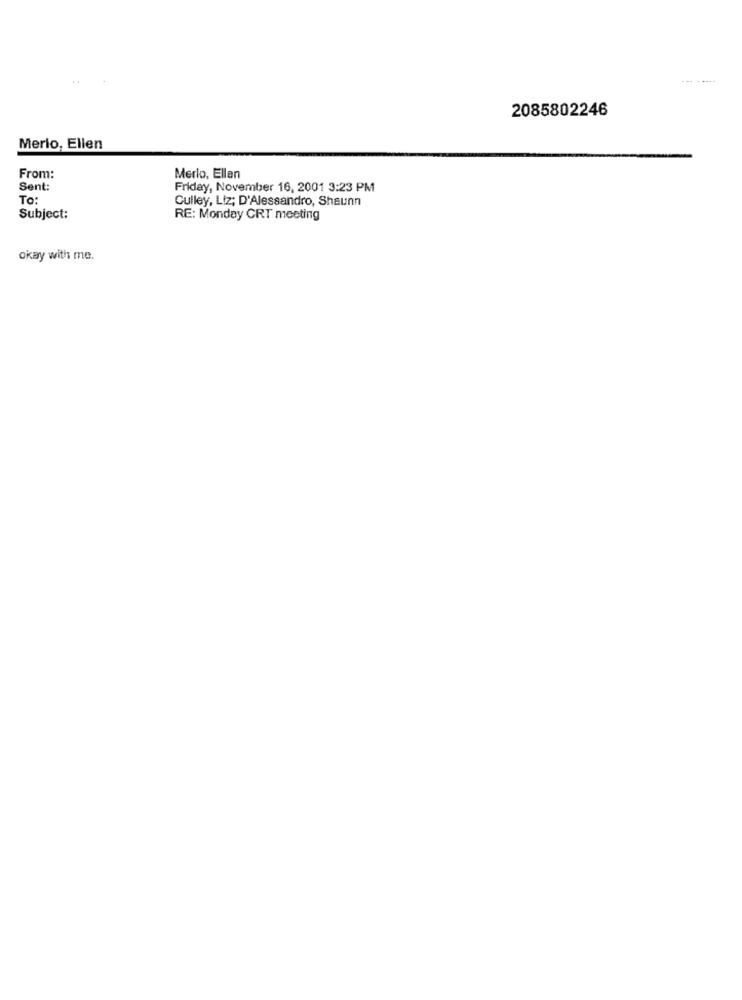
2085802246
Merio, Ellen
From:
Merio, Ellan
Sent:
Friday, November 16, 2001 3:23 PM
To:
Culley, Liz; D'Alessandro, Sheunn
Subject:
RE: Monday CRT meeting
okay with me.